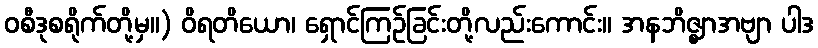
ဝစီဒုစရိုက်တို့မှ။) ဝိရတိယော၊ ရှောင်ကြဉ်ခြင်းတို့လည်းကောင်း။ အနဘိဇ္ဈာအဗျာ ပါဒ